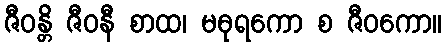
ဇီဝန္တိ ဇီဝနီ စာထ၊ မဓုရကော စ ဇီဝကော။